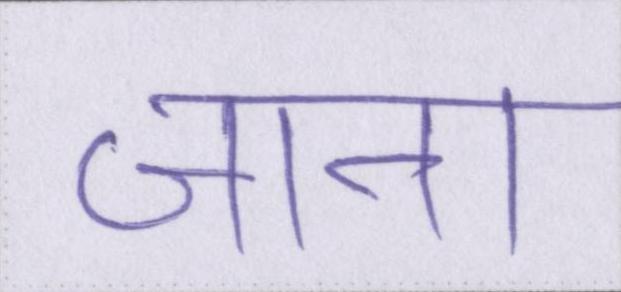
जाना